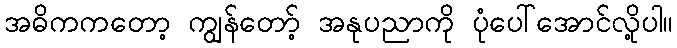
အဓိကကတော့ ကျွန်တော့် အနုပညာကို ပုံပေါ်အောင်လို့ပါ။